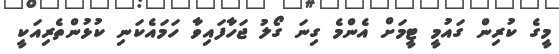
މީގެ ކުރިން ގައުމީ ޓީމަށް އެންމެ ގިނަ ގޯލު ޖަހާފައިވާ ހަމައެކަނި ކުޅުންތެރިއަކީ